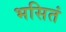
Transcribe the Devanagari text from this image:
भसितं